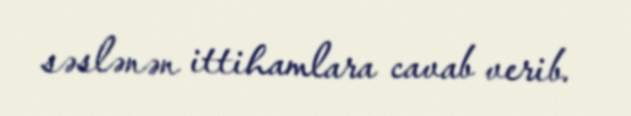
səslənən ittihamlara cavab verib.